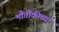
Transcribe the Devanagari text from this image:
भौतीकीच्या